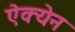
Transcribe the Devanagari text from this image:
ऐक्येन